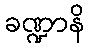
ခဏ္ဍာနိ